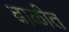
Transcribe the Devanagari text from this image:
ढाळीत